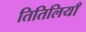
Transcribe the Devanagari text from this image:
तितिलियाँ